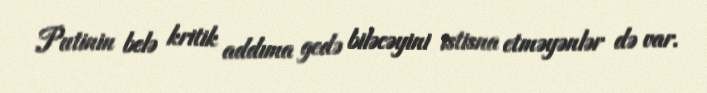
Putinin belə kritik addıma gedə biləcəyini istisna etməyənlər də var.